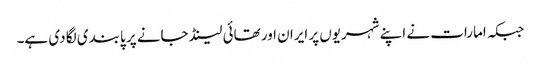
جبکہ امارات نے اپنے شہریوں پر ایران اور تھائی لینڈ جانے پر پابندی لگا دی ہے۔